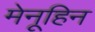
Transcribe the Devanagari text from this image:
मेनूहिन